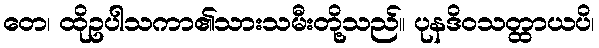
တေ၊ ထိုဥပါသကာ၏သားသမီးတို့သည်။ ပုနဒိဝသတ္ထာယပိ၊